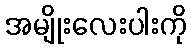
အမျိုးလေးပါးကို